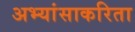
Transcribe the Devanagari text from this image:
अभ्यांसाकरिता